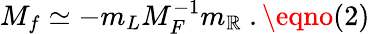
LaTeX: M_{f}\simeq-m_{L}M_{F}^{-1}m_{\mathbb{R}}\ .\eqno(2)